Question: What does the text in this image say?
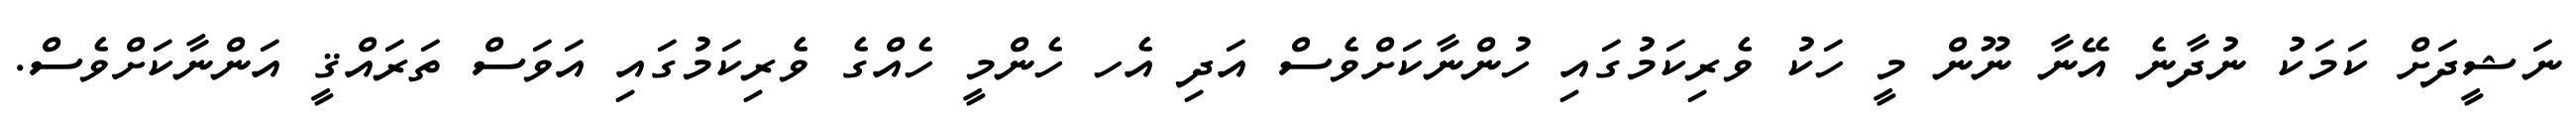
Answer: ނަޝީދަށް ކަމަކު ނުދާނެ އޭނާ ނޫން މީ ހަކު ވެރިކަމުގައި ހުންނާކަށްވެސް އަދި އެހ ހެންމީ ހެއްގެ ވެރިކަމުގައި އަވަސް ތަރައްޤީ އަންނާކަށްވެސް.